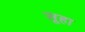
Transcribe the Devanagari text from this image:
सूहा